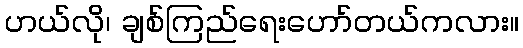
ဟယ်လို၊ ချစ်ကြည်ရေးဟော်တယ်ကလား။